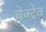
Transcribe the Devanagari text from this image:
बेक्ट्रेव